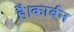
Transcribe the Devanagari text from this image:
है।कार्बन